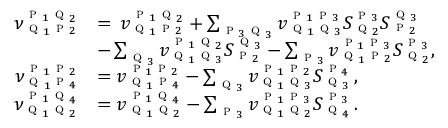
\begin{array} { r l } { \nu _ { \textsc { q } _ { 1 } \textsc { p } _ { 2 } } ^ { \textsc { p } _ { 1 } \textsc { q } _ { 2 } } } & { = \, v _ { \textsc { q } _ { 1 } \textsc { p } _ { 2 } } ^ { \textsc { p } _ { 1 } \textsc { q } _ { 2 } } + \sum _ { \textsc { p } _ { 3 } \textsc { q } _ { 3 } } v _ { \textsc { q } _ { 1 } \textsc { q } _ { 3 } } ^ { \textsc { p } _ { 1 } \textsc { p } _ { 3 } } S _ { \textsc { q } _ { 2 } } ^ { \textsc { p } _ { 3 } } S _ { \textsc { p } _ { 2 } } ^ { \textsc { q } _ { 3 } } } \\ & { - \sum _ { \textsc { q } _ { 3 } } v _ { \textsc { q } _ { 1 } \textsc { q } _ { 3 } } ^ { \textsc { p } _ { 1 } \textsc { q } _ { 2 } } S _ { \textsc { p } _ { 2 } } ^ { \textsc { q } _ { 3 } } - \sum _ { \textsc { p } _ { 3 } } v _ { \textsc { q } _ { 1 } \textsc { p } _ { 2 } } ^ { \textsc { p } _ { 1 } \textsc { p } _ { 3 } } S _ { \textsc { q } _ { 2 } } ^ { \textsc { p } _ { 3 } } , } \\ { \nu _ { \textsc { q } _ { 1 } \textsc { p } _ { 4 } } ^ { \textsc { p } _ { 1 } \textsc { p } _ { 2 } } } & { = v _ { \textsc { q } _ { 1 } \textsc { p } _ { 4 } } ^ { \textsc { p } _ { 1 } \textsc { p } _ { 2 } } - \sum _ { \textsc { q } _ { 3 } } v _ { \textsc { q } _ { 1 } \textsc { q } _ { 3 } } ^ { \textsc { p } _ { 1 } \textsc { p } _ { 2 } } S _ { \textsc { q } _ { 3 } } ^ { \textsc { p } _ { 4 } } \, , } \\ { \nu _ { \textsc { q } _ { 1 } \textsc { q } _ { 2 } } ^ { \textsc { p } _ { 1 } \textsc { q } _ { 4 } } } & { = v _ { \textsc { q } _ { 1 } \textsc { q } _ { 2 } } ^ { \textsc { p } _ { 1 } \textsc { q } _ { 4 } } - \sum _ { \textsc { p } _ { 3 } } v _ { \textsc { q } _ { 1 } \textsc { q } _ { 2 } } ^ { \textsc { p } _ { 1 } \textsc { p } _ { 3 } } S _ { \textsc { q } _ { 4 } } ^ { \textsc { p } _ { 3 } } \, . } \end{array}